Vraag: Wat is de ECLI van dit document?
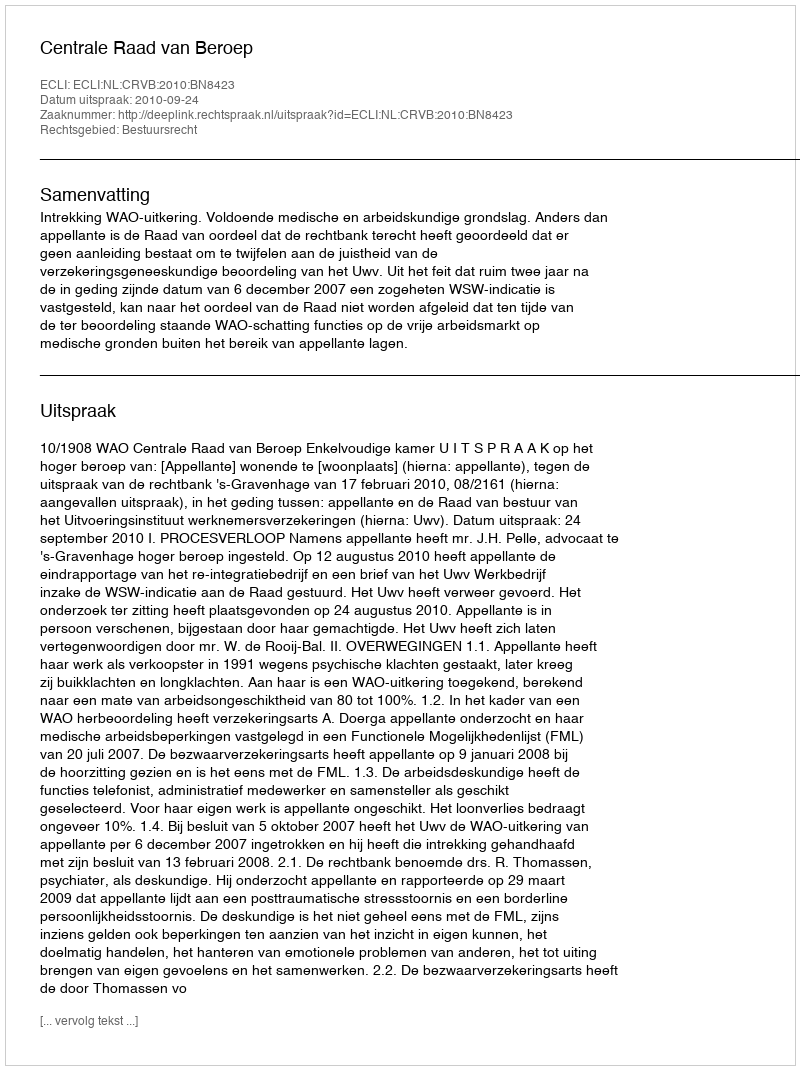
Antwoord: ECLI:NL:CRVB:2010:BN8423